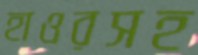
হাওরসহ